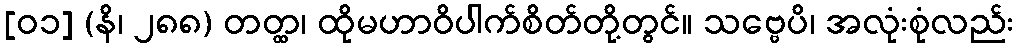
[၀၁] (နိ၊ ၂၈၈) တတ္ထ၊ ထိုမဟာဝိပါက်စိတ်တို့တွင်။ သဗ္ဗေပိ၊ အလုံးစုံလည်း